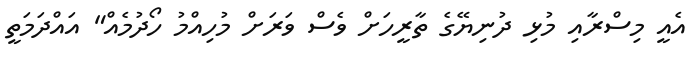
އެއީ މިސްރާއި މުޅި ދުނިޔޭގެ ތާރީހަށް ވެސް ވަރަށް މުހިއްމު ހޯދުމެއް" އައްދަމަތީ